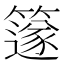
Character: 𥴦